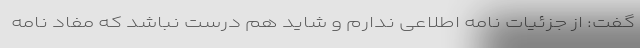
گفت: از جزئیات نامه اطلاعی ندارم و شاید هم درست نباشد که مفاد نامه